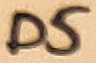
Text: D5